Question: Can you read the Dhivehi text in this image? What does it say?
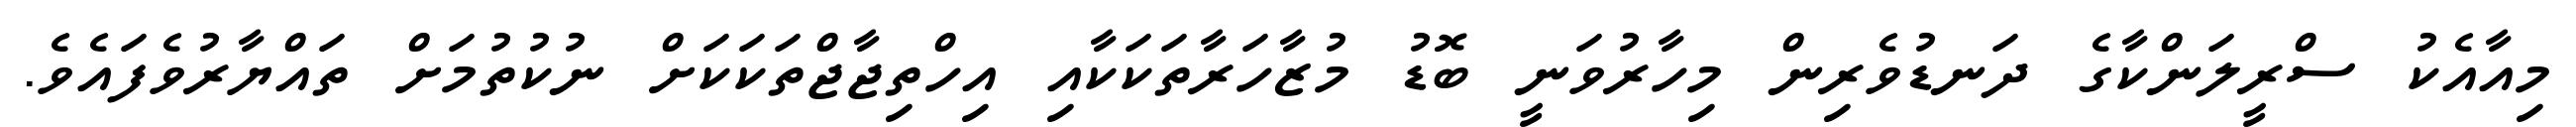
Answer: މިއާއެކު ސްރީލަންކާގެ ދަނޑުވެރިން މިހާރުވަނީ ބޮޑު މުޒާހަރާތަކަކާއި އިހްތިޖާޖްތަކަކަށް ނުކުތުމަށް ތައްޔާރުވެފައެވެ.